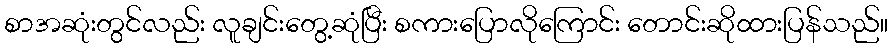
စာအဆုံးတွင်လည်း လူချင်းတွေ့ဆုံပြီး စကားပြောလိုကြောင်း တောင်းဆိုထားပြန်သည်။